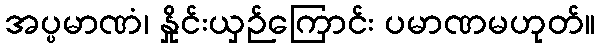
အပ္ပမာဏံ၊ နှိုင်းယှဉ်ကြောင်း ပမာဏမဟုတ်။